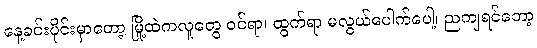
နေ့ခင်းပိုင်းမှာတော့ မြို့ထဲကလူတွေ ဝင်ရာ၊ ထွက်ရာ မလွယ်ပေါက်ပေါ့၊ ညကျရင်တော့